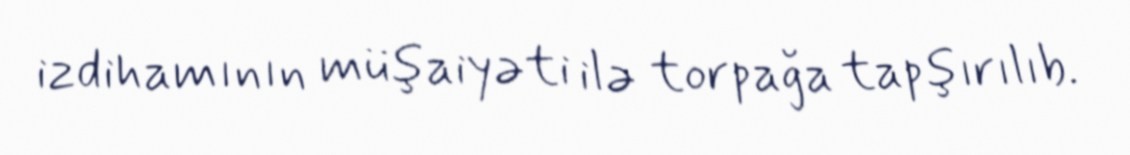
izdihamının müşaiyəti ilə torpağa tapşırılıb.